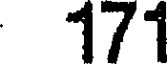
171